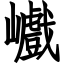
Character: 巇